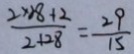
\frac { 2 \times 2 8 + 2 } { 2 + 2 8 } = \frac { 2 9 } { 1 5 }